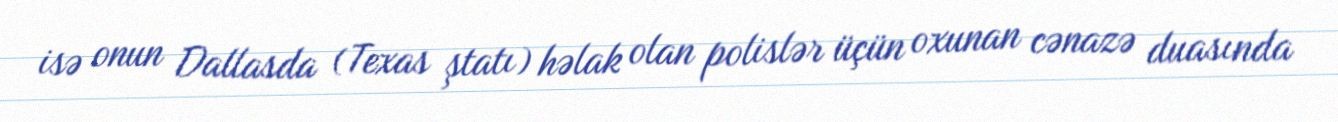
isə onun Dallasda (Texas ştatı) həlak olan polislər üçün oxunan cənazə duasında